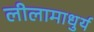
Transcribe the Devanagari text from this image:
लीलामाधुर्य